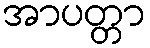
အာပတ္တာ